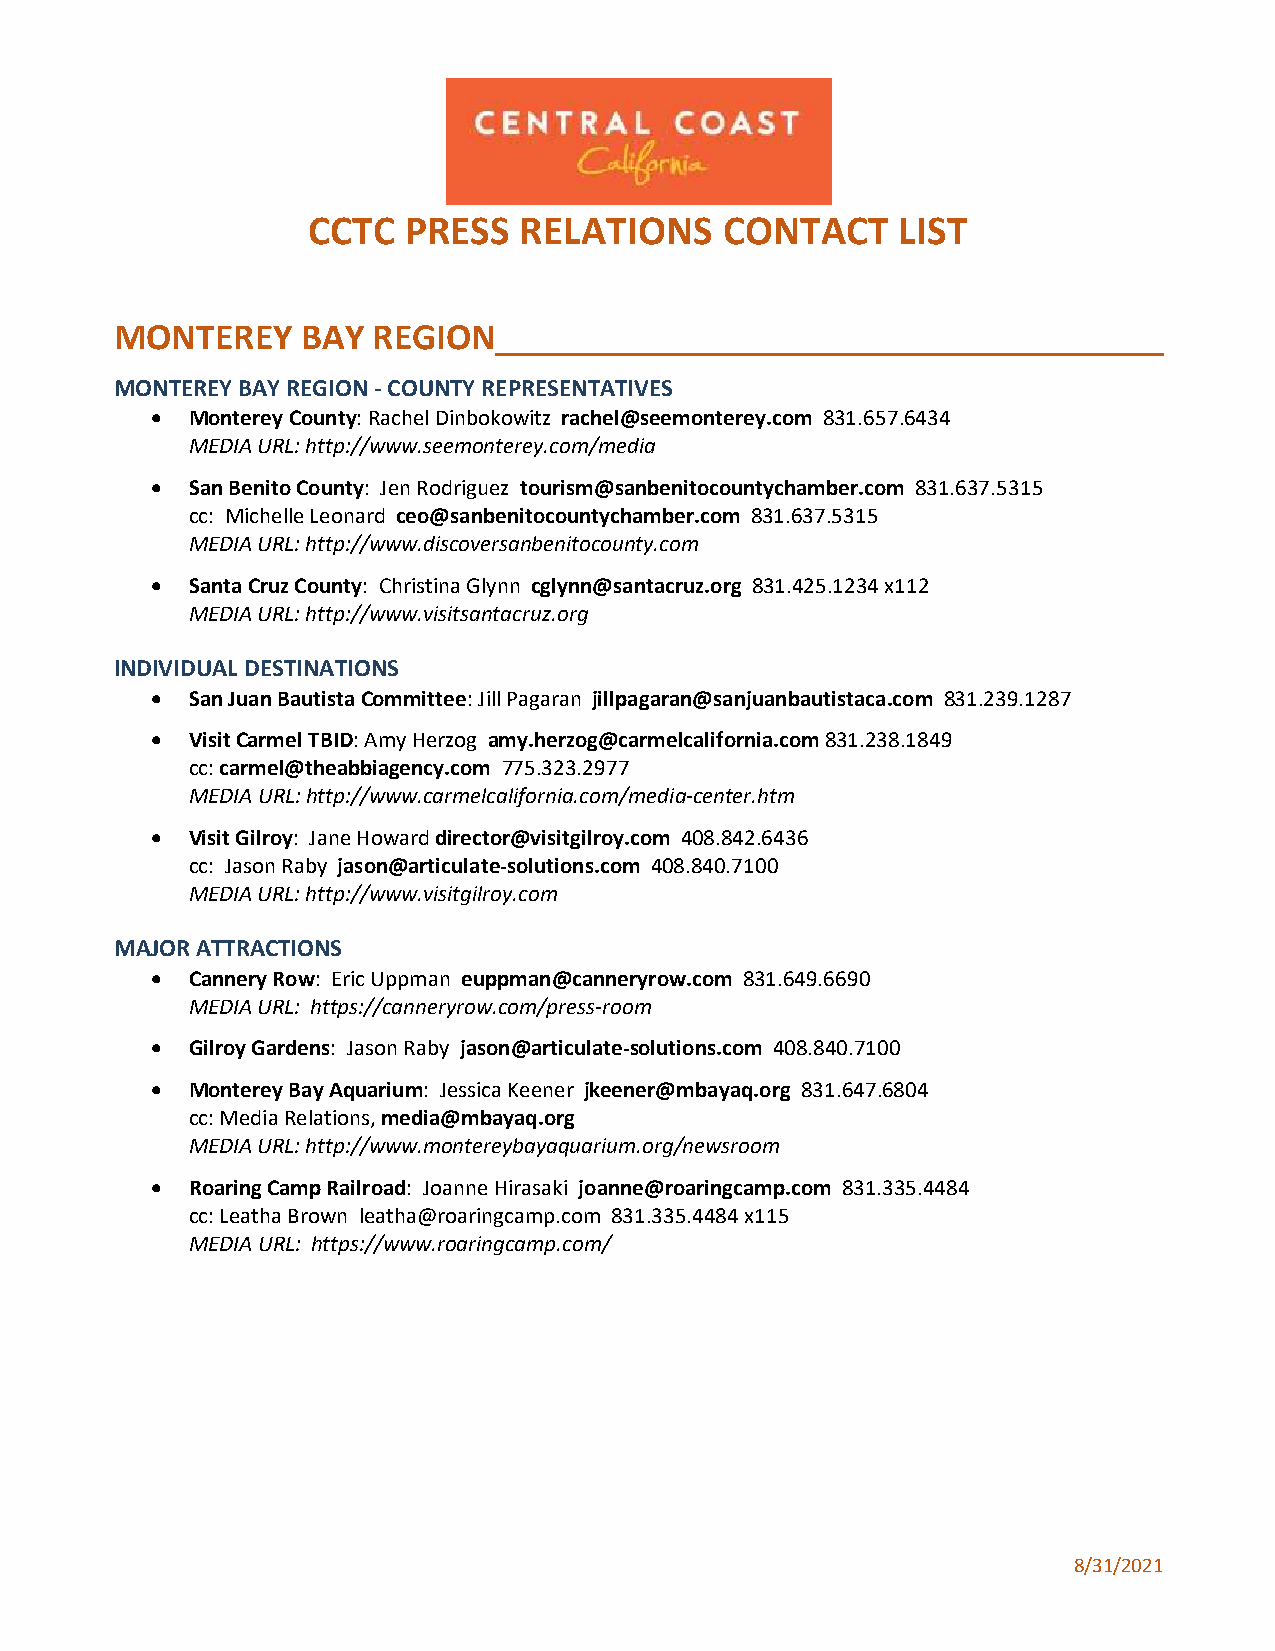
CCTC   PRESS  RELATIONS     CONTACT    LIST
 MONTEREY    BAY  REGION
 MONTEREY BAY REGION - COUNTY REPRESENTATIVES
 • Monterey County: Rachel Dinbokowitz rachel@seemonterey.com 831.657.6434
 MEDIA URL: http://www.seemonterey.com/media
 • San Benito County: Jen Rodriguez tourism@sanbenitocountychamber.com 831.637.5315
 cc: Michelle Leonard ceo@sanbenitocountychamber.com 831.637.5315
 MEDIA URL: http://www.discoversanbenitocounty.com
 • Santa Cruz County: Christina Glynn cglynn@santacruz.org 831.425.1234 x112
 MEDIA URL: http://www.visitsantacruz.org
 INDIVIDUAL DESTINATIONS
 • San Juan Bautista Committee: Jill Pagaran jillpagaran@sanjuanbautistaca.com 831.239.1287
 • Visit Carmel TBID: Amy Herzog amy.herzog@carmelcalifornia.com 831.238.1849
 cc: carmel@theabbiagency.com 775.323.2977
 MEDIA URL: http://www.carmelcalifornia.com/media-center.htm
 • Visit Gilroy: Jane Howard director@visitgilroy.com 408.842.6436
 cc: Jason Raby jason@articulate-solutions.com 408.840.7100
 MEDIA URL: http://www.visitgilroy.com
 MAJOR ATTRACTIONS
 • Cannery Row: Eric Uppman euppman@canneryrow.com 831.649.6690
 MEDIA URL: https://canneryrow.com/press-room
 • Gilroy Gardens: Jason Raby jason@articulate-solutions.com 408.840.7100
 • Monterey Bay Aquarium: Jessica Keener jkeener@mbayaq.org 831.647.6804
 cc: Media Relations, media@mbayaq.org
 MEDIA URL: http://www.montereybayaquarium.org/newsroom
 • Roaring Camp Railroad: Joanne Hirasaki joanne@roaringcamp.com 831.335.4484
 cc: Leatha Brown leatha@roaringcamp.com 831.335.4484 x115
 MEDIA URL: https://www.roaringcamp.com/
 8/31/2021